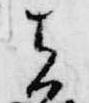
者